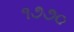
૧૭૭૦